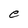
Character: e